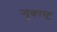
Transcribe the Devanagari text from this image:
न्यूकास्ट